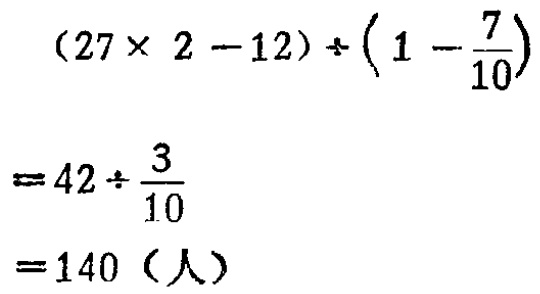
\((27\times 2 - 12)\div\left(1 - \frac{7}{10}\right)\)

\(= 42\div\frac{3}{10}\)

\(= 140\)（人）